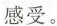
感受。